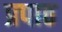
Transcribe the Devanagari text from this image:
प्रपाठ